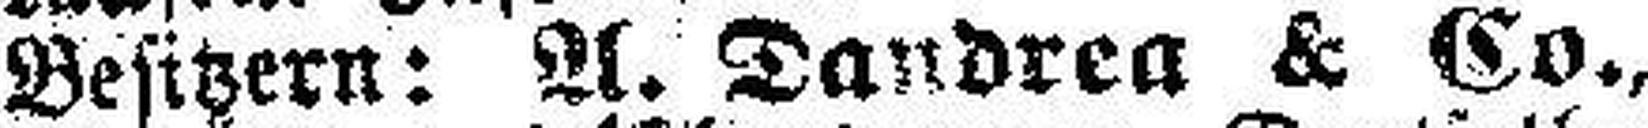
Besitzern: A. Dandrea & Co.,